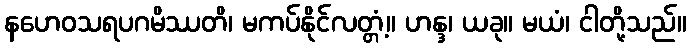
နဟေဝသရပဂမိဿတိ၊ မကပ်နိုင်လတ္တံ့။ ဟန္ဒ၊ ယခု။ မယံ၊ ငါတို့သည်။